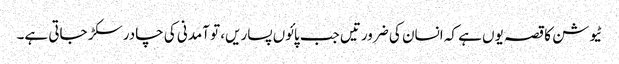
ٹیوشن کا قصہ یوں ہے کہ انسان کی ضرورتیں جب پائوں پساریں، تو آمدنی کی چادر سکڑ جاتی ہے۔